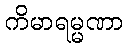
ကိမာရမ္မဏာ